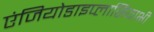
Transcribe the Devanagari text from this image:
एंजियोडाइप्लासियाभी